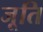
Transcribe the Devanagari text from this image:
जूति